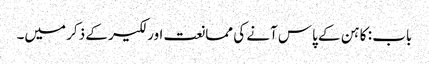
باب : کاہن کے پاس آنے کی ممانعت اور لکیر کے ذکر میں۔